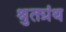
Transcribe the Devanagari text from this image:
श्रुतग्रंथ